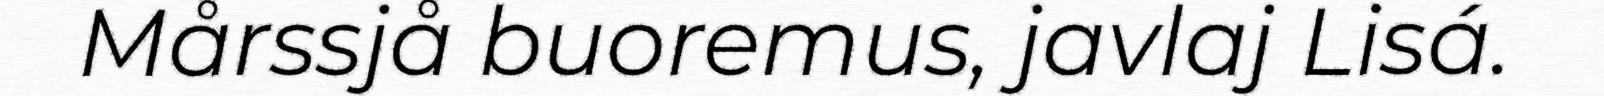
Mårssjå buoremus, javlaj Lisá.